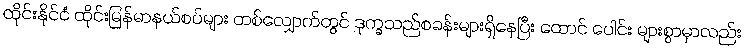
ထိုင်းနိုင်ငံ ထိုင်းမြန်မာနယ်စပ်များ တစ်လျှောက်တွင် ဒုက္ခသည်စခန်းများရှိနေပြီး ထောင် ပေါင်း များစွာမှာလည်း